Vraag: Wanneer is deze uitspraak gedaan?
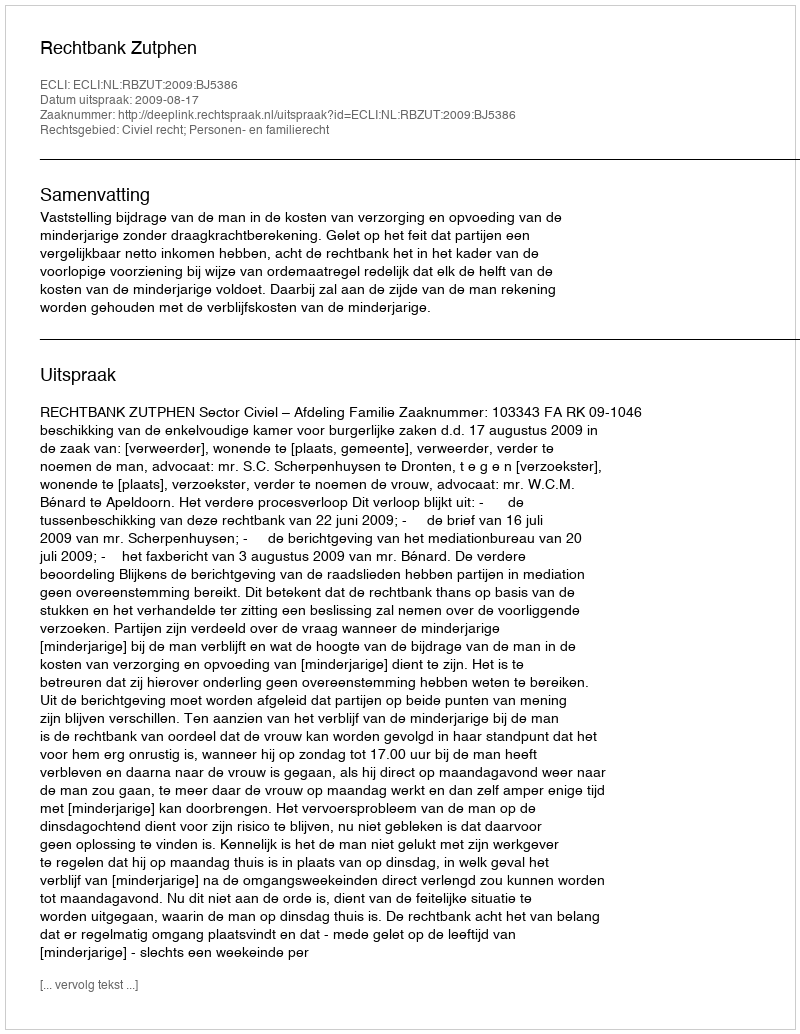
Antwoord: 2009-08-17